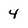
Character: 4